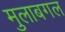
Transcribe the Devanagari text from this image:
मुलाबगल